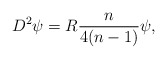
\begin{align*}D^2\psi=R\frac{n}{4(n-1)}\psi,\end{align*}